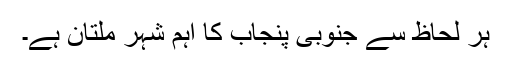
ہر لحاظ سے جنوبی پنجاب کا اہم شہر ملتان ہے۔